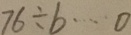
7 6 \div b \cdots 0